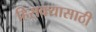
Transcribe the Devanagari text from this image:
हिसक्यासाठी